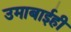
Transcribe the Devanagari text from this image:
उमाबाईही